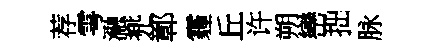
荐雩瀜兠鄣霾丘许朔巒拙脉